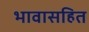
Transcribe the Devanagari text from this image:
भावासहित